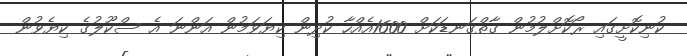
ކުނިކޮށީގައި ރޯކޮށްލުމުން ގާތްގަނޑަކަށް 1600އެއްހާ ކުދިން ކިޔަވަމުން އަންނަ އެ ސްކޫލުގެ ކިޔެވުން